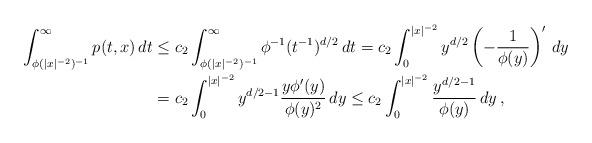
LaTeX: \begin{align*} \allowdisplaybreaks \int_{\phi(|x|^{-2})^{-1}}^\infty p(t,x)\,dt&\leq c_2\int_{\phi(|x|^{-2})^{-1}}^\infty \phi^{-1}(t^{-1})^{d/2}\,dt=c_2\int_0^{|x|^{-2}}y^{d/2}\left(-\frac{1}{\phi(y)}\right)'\,dy\\ &=c_2\int_0^{|x|^{-2}}y^{d/2-1}\frac{y\phi'(y)}{\phi(y)^2}\,dy\leq c_2\int_0^{|x|^{-2}}\frac{y^{d/2-1}}{\phi(y)}\,dy\,, \end{align*}